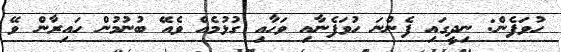
ހުވަފެން: ނިދީގައި ފެންނަ ހުވަފެނާއި ވަހާއި ގުޅުމެއް ވެއޭ ބުނުމުން ހައިރާން ވޭ